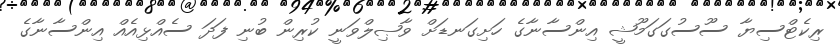
ރިކެޓްސިޔާ ސޫސުގަގަމޫޝީ އިންސާނާގެ ހަށިގަނޑަށް ވާޞިލްވަނީ ކުރިން ބުނި ފަދަ ސެއްޅިއެއް އިންސާނާގެ